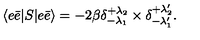
\langle e \bar { e } | S | e \bar { e } \rangle = - 2 \beta \delta _ { - \lambda _ { 1 } } ^ { + \lambda _ { 2 } } \times \delta _ { - \lambda _ { 1 } ^ { \prime } } ^ { + \lambda _ { 2 } ^ { \prime } } .